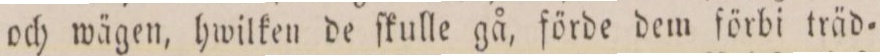
och wägen, hwilken de ſkulle gå, förde dem förbi träd=